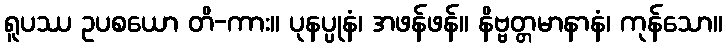
ရူပဿ ဥပစယော တိ-ကား။ ပုနပ္ပုနံ၊ အဖန်ဖန်။ နိဗ္ဗတ္တမာနာနံ၊ ကုန်သော။